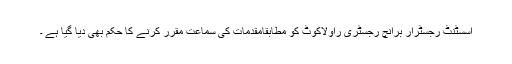
اسسٹنٹ رجسٹرار برانچ رجسٹری راولاکوٹ کو مطابقاًمقدمات کی سماعت مقرر کرنے کا حکم بھی دیا گیا ہے ۔